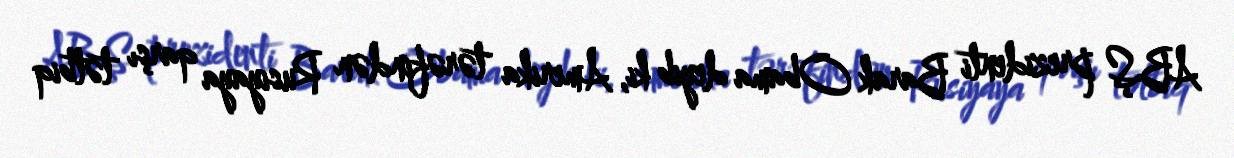
ABŞ prezidenti Barak Obama deyib ki, Amerika tərəfindən Rusiyaya qarşı tətbiq